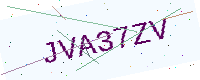
Text: JVA37ZV